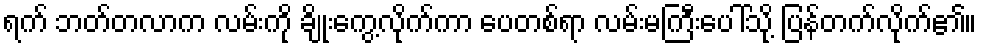
ရက် ဘတ်တလာက လမ်းကို ချိုးကွေ့လိုက်ကာ ပေတစ်ရာ လမ်းမကြီးပေါ်သို့ ပြန်တက်လိုက်၏။